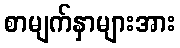
စာမျက်နှာများအား